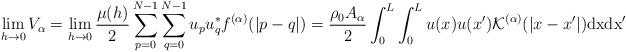
LaTeX: \begin{align*}\lim_{h\rightarrow 0} V_{\alpha} = \lim_{h\rightarrow 0}\frac{\mu(h)}{2}\sum_{p=0}^{N-1}\sum_{q=0}^{N-1} u_pu_q^*f^{(\alpha)}(|p-q|)=\frac{\rho_0A_{\alpha}}{2} \int_0^L\int_0^Lu(x)u(x'){\cal K}^{(\alpha)}(|x-x'|){\rm dx}{\rm d x}'\end{align*}